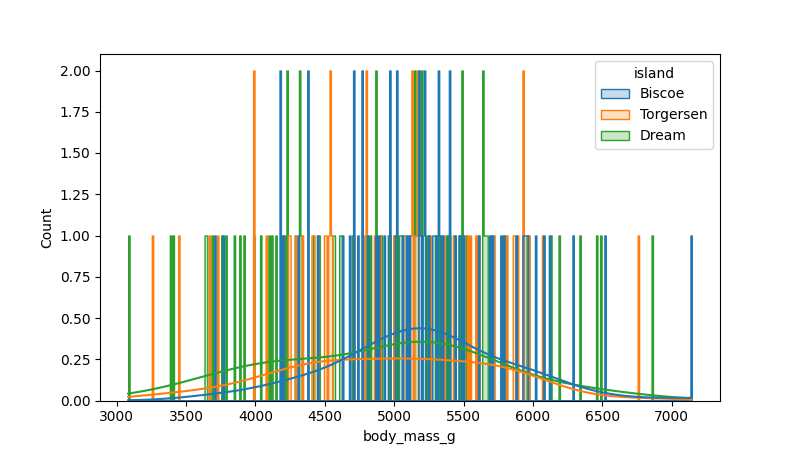
python, seaborn, histplot, hue='island', binwidth=10, bins='auto', element='step'